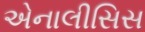
એનાલીસિસ